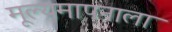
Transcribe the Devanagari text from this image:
मूल्यमापनाला